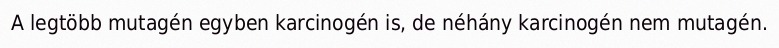
A legtöbb mutagén egyben karcinogén is, de néhány karcinogén nem mutagén.